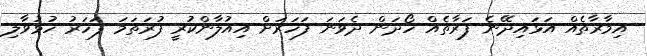
އިމާރާތެއް އަޅައިދޭނެ ފަރާތެއް ހޯދަން ދެވަނަ ފަހަރަށް އިއުލާންކުރީ ފުރަތަމަ ފަހަރު ހުޅުވާލި